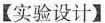
【实验设计】